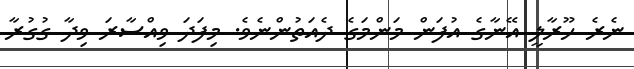
ނެރެ ހޫރާލީ އޭނާގެ އުފަން މަންމަގެ ދެއަތުންނެވެ. މިފަދަ ވިއްސާރަ ވިދާ ގުގުރާ